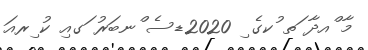
މާ ްއދާ ަތ ުކގެ ި 2020ޑސެ ްނބަރު ަގއި ކު ިރއަ